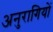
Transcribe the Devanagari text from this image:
अनुरागियों